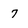
Character: 7